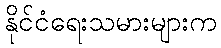
နိုင်ငံရေးသမားများက